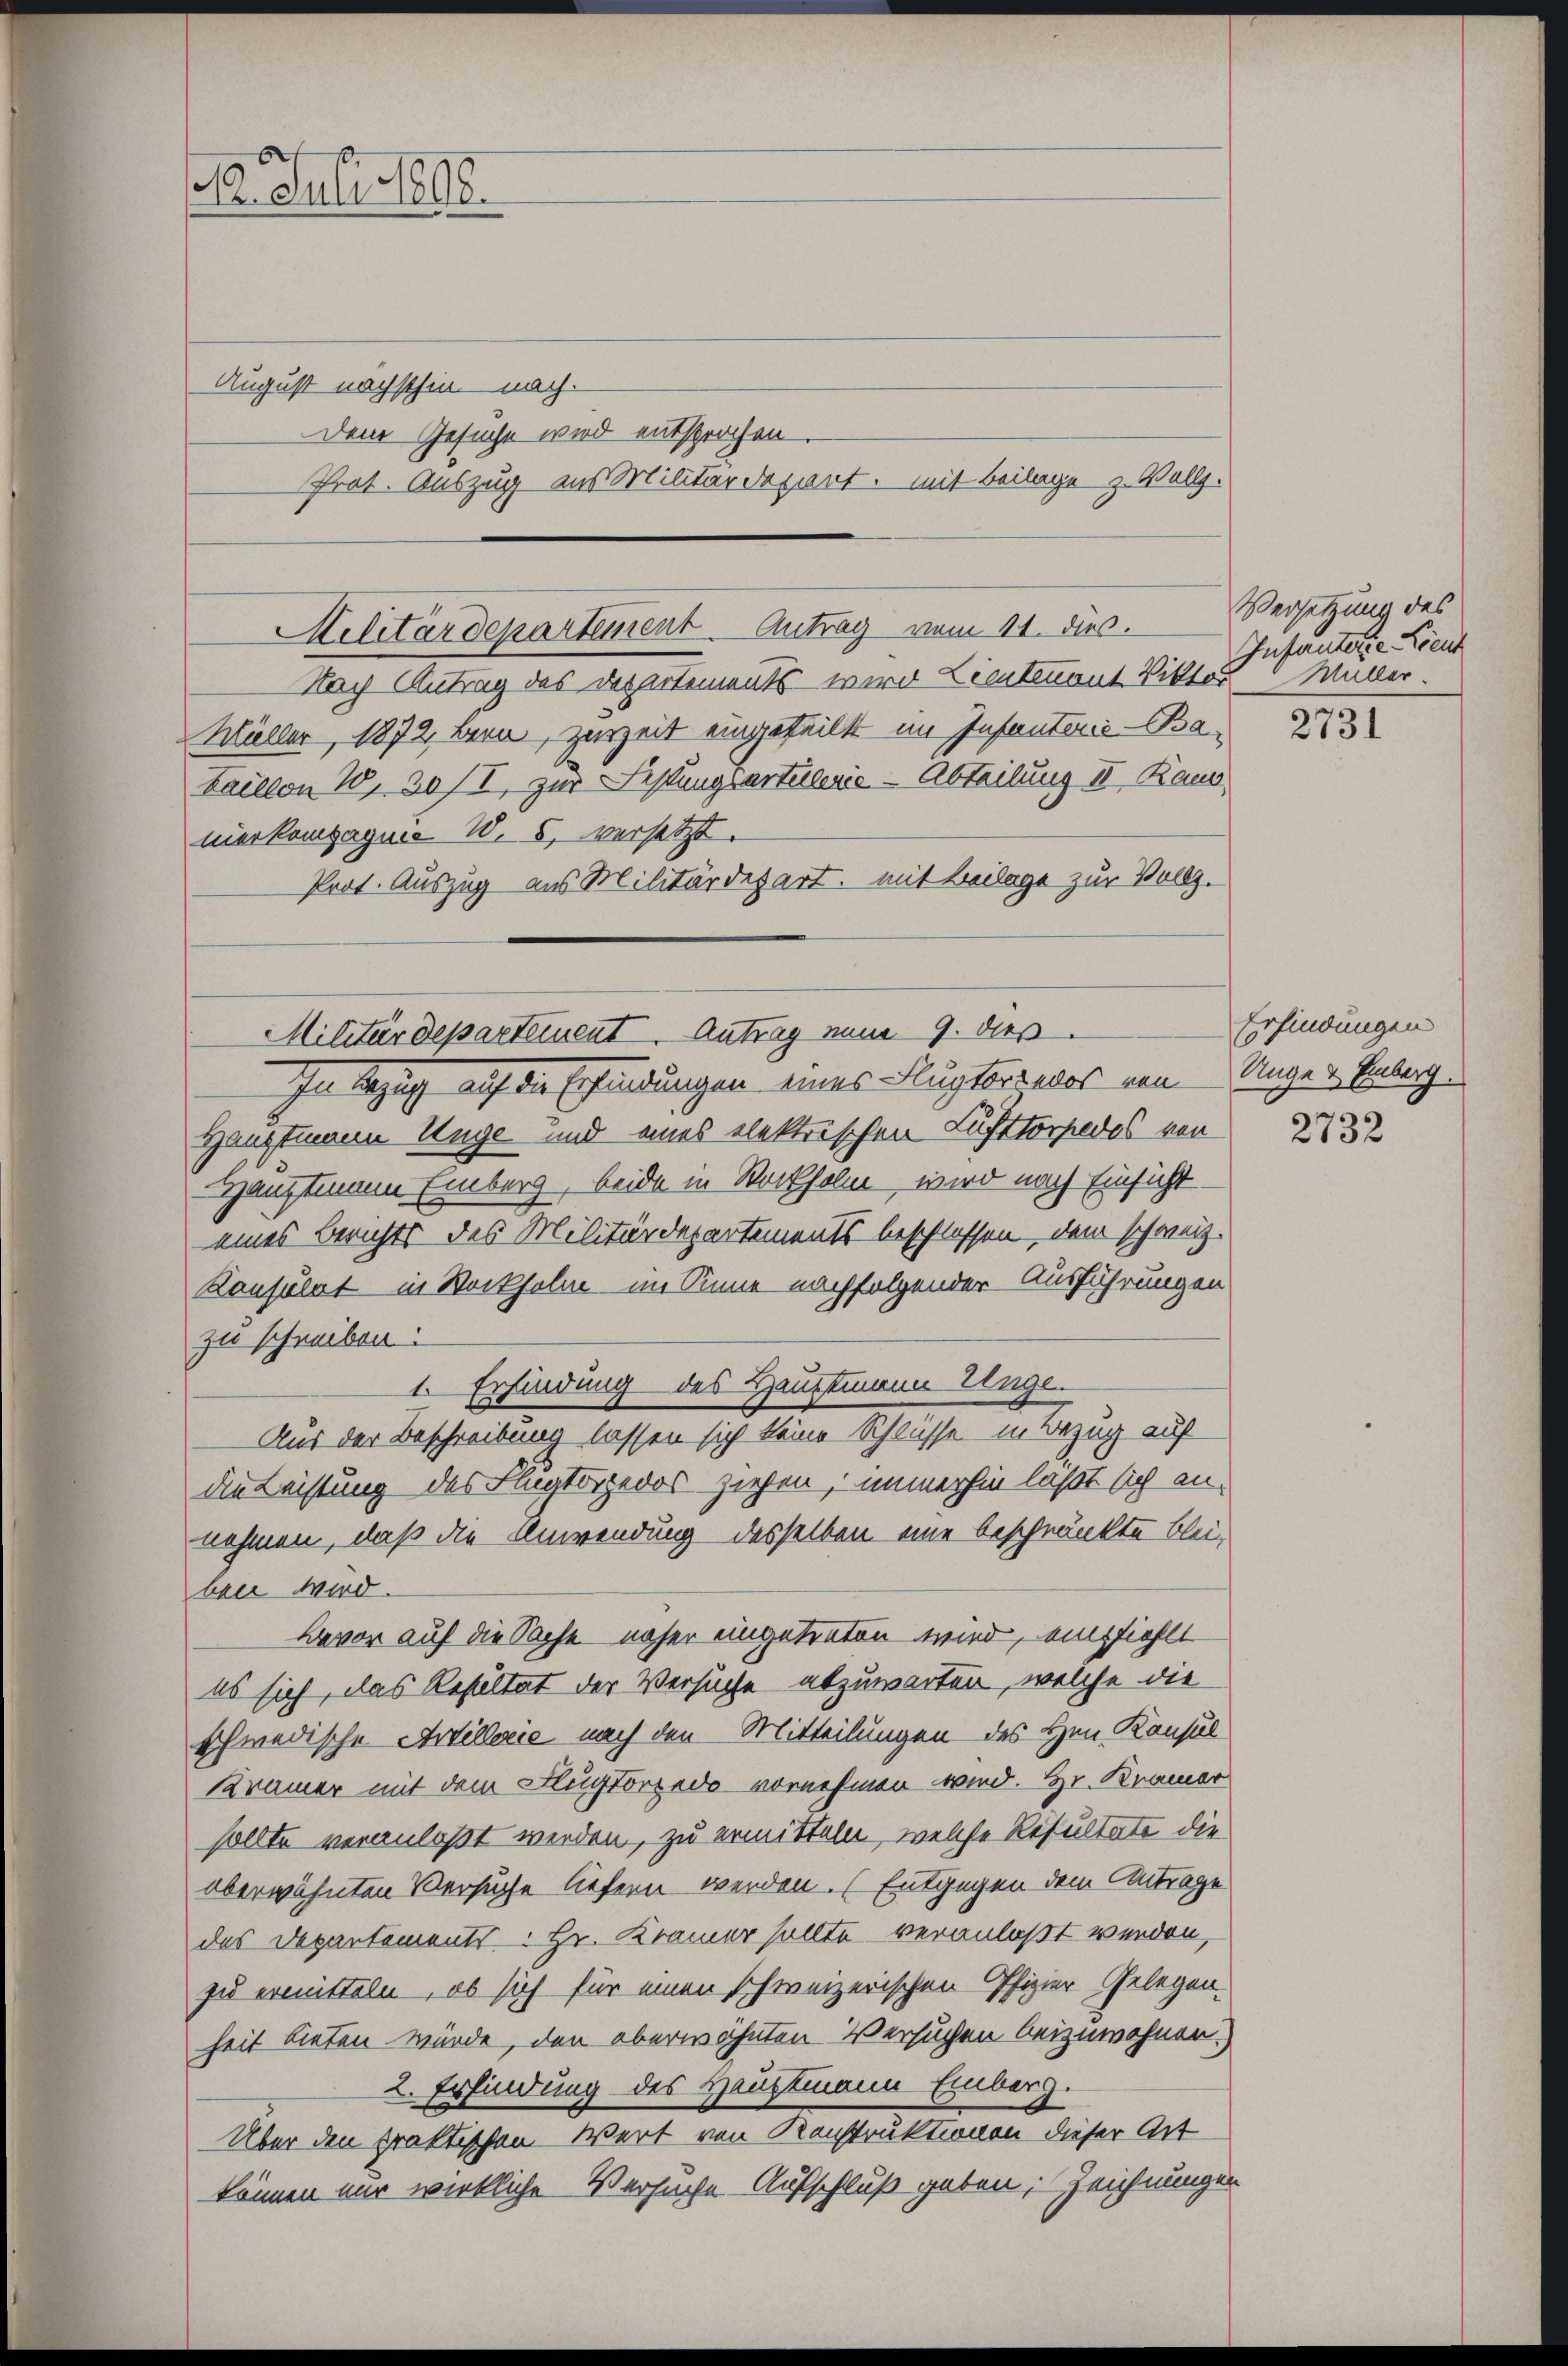
12. Juli 1890.

Achtärdepartement. Antrag vom 11. dies.
Nach Antrag des Departements wird Lieutenant Viktor Müller.

August nächsthin nach
Dem Gesuche wird entsprochen.
Prot. Auszug aus Militärdepart, mit Beilage z. Vollz.

Prot. Auszug aus Militärdepart, mit Beilage zur Vollz.

Müller, 1872, Bern, zurzeit eingeteilt im Infanterie-Ba¬
Faillon 10, 30/I, zur Festungsartellerie-Abteilung II Raus
nerkompagnie W. 8, versetzt.

Militärdepartement. Antrag eine 9. dies

Versetzung des
Infanterte Lieut

In Bezug auf die Erfindungen eines Flugsorteos von Ungen Erberg.
Hauptmann Unge und eines elektrischen Lufttorpedos von
Hauptmann Einberg, beide in Stockholm wird nach Einsicht
eines Berichts des Militärdepartements beschlossen dem schweiz.
Konsulat in Stockholm im Sinne nachfolgender Ausführungen
zu schreiben:
1. Erfindung des Hauptmann Einge.
Aus der Beschreibung lassen sich keine Schlüsse in Bezug auf
die Leistung des Flugtorpedos ziehen, immerhin laßt sich annehmen, daß die Anwendung desselben eine beschränkte blei-
ben wird.
Bavor auf die Sache näher eingetreten wird, empfiehlt
es sich, das Resultat der Versuche abzuwarten, welche die
schwedische Artillerie nach den Mitteilungen des Hrn. Konsul
Kramer mit dem Hugtorredo vornehmen wird. Hr. Kramer
sollte veranlaßt werden, zu ermitteln, welche Resultate die
oberwähnten Versuche liefern werden. (Entgegen dem Antrage
des Departements. Hr. Krämer sollte veranlaßt werden,
zu ermitteln, ob sich für einen schweizerischen Pfizier-Gelegen-
heit bieten würde, den überwähnten Versuchen beizuwohnen.)
2. Erfindung des Hauptmann Einberg.
Über den praktischen Wert von Konstruktionen dieser Art
können nur wirkliche Versuche Aufschluß geben, Zeichnungen

2731

Erfindungen

2732